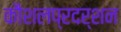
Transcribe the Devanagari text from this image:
कौशलप्रदर्शन